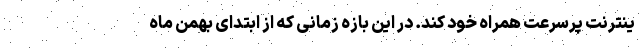
ینترنت پرسرعت همراه خود کند. در این بازه زمانی که از ابتدای بهمن ماه